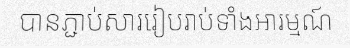
បានភ្ជាប់សាររៀបរាប់ទាំងអារម្មណ៍